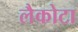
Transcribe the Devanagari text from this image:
लैकोटा